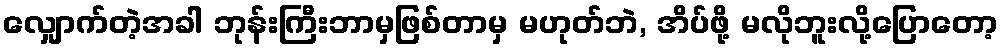
လျှောက်တဲ့အခါ ဘုန်းကြီးဘာမှဖြစ်တာမှ မဟုတ်ဘဲ, အိပ်ဖို့ မလိုဘူးလို့ပြောတော့